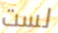
لست